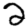
Digit: 2